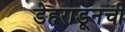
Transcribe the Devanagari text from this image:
डेहराडूनची